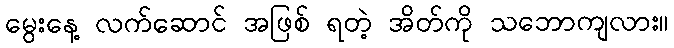
မွေးနေ့ လက်ဆောင် အဖြစ် ရတဲ့ အိတ်ကို သဘောကျလား။